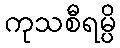
ကုသစီရမ္ပိ